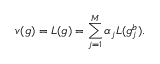
v ( g ) = L ( g ) = \sum _ { j = 1 } ^ { M } \alpha _ { j } L ( g _ { j } ^ { b } ) .